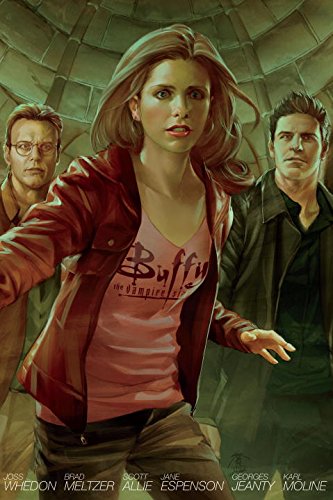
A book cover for Buffy the Vampire Slayer Season 8 Library Edition Volume 4; Karl Moline; Comics & Graphic Novels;